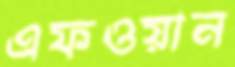
এফওয়ান